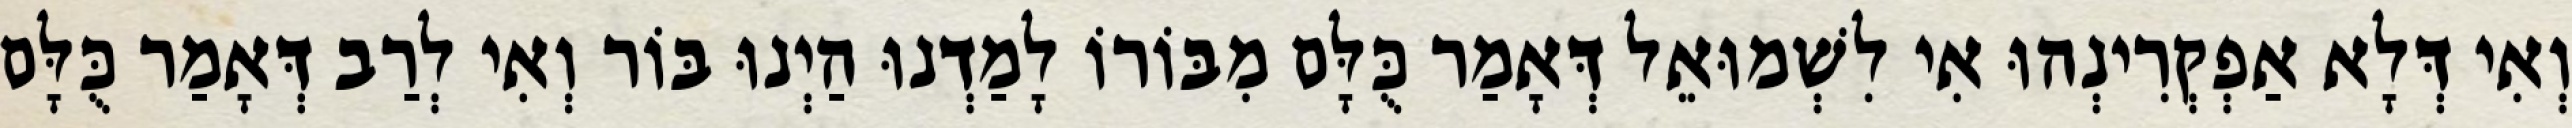
וְאִי דְּלָא אַפְקְרִינְהוּ אִי לִשְׁמוּאֵל דְּאָמַר כֻּלָּם מִבּוֹרוֹ לָמַדְנוּ הַיְנוּ בּוֹר וְאִי לְרַב דְּאָמַר כֻּלָּם